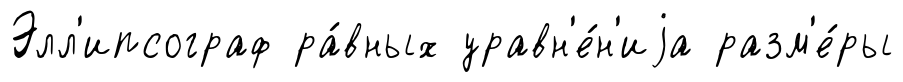
Элл'ипсограф ра́вных уравн'е́н'иjа разм'е́ры